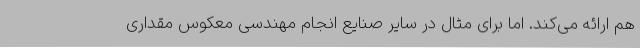
هم ارائه می‌کند. اما برای مثال در سایر صنایع انجام مهندسی معکوس مقداری